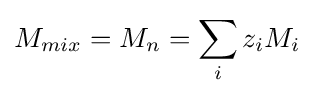
M_{mix}=M_{n}=\sum _{i}z_{i}M_{i}